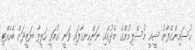
ޙުސައިންގެފާނު ޝީއީ މުސްލިމުންގެ މެދުގައި ނަންހިނގާފައި ވަނީ އުމަވީ ހަލީފާ ޔަޒީދަށް ބެހެއްޓި